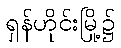
ရှန်ဟိုင်းမြို့၌